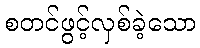
စတင်ဖွင့်လှစ်ခဲ့သော